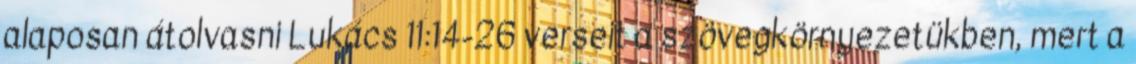
alaposan átolvasni Lukács 11:14-26 verseit a szövegkörnyezetükben, mert a